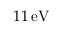
1 1 \, \mathrm { e V }